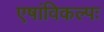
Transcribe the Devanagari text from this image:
एषांविकल्पः